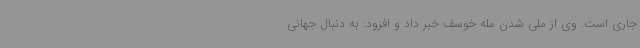
جاری است‌. وی از ملی شدن مله خوسف خبر داد و افزود: به دنبال جهانی